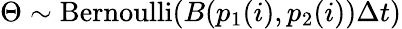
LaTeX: \Theta\sim\operatorname{Bernoulli}\! \left(B(p_{1}(i),p_{2}(i))\Delta{t}\right)